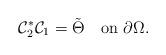
LaTeX: \begin{align*}\mathcal C_2^*\mathcal C_1=\tilde\Theta \quad\mbox{on}\,\,\partial\Omega.\end{align*}